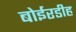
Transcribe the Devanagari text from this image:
बोईरडीह